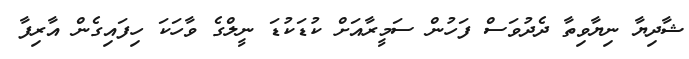
ޝާދިޔާ ނިޔާވިތާ ދެދުވަސް ފަހުން ސަމީރާއަށް ކުޑަކުޑަ ނީލްގެ ވާހަކަ ހިފައިގެން އާރިފާ